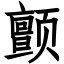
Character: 颤